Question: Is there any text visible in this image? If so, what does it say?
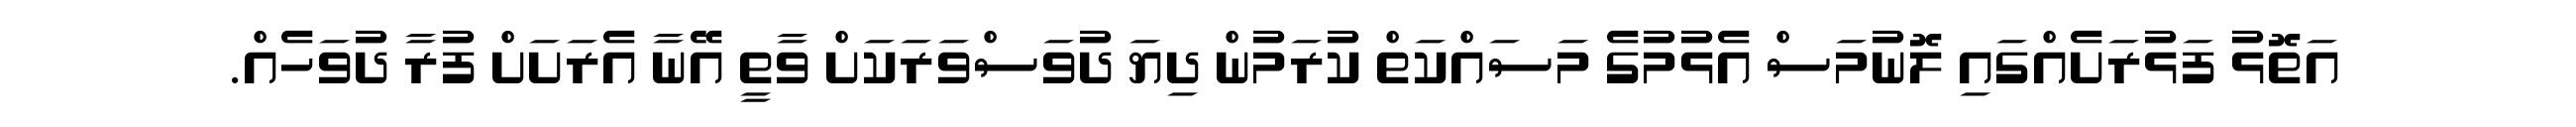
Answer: އަތޮޅު ފަޅުރަށެއްގައި ލޮނުމަސް އެޅުމުގެ މަސައްކަތް ކުރަމުން ދިޔަ ދުވަސްވަރަކަށް ވާތީ އޭނާ އެރަށަށް ފުރާ ދުވަހެއް.